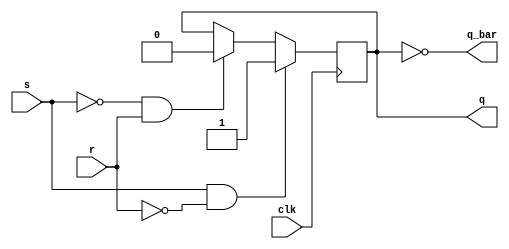
module sr_flipflop(input wire s, r, clk, // input signals
                   output reg q, q_bar); // output signals
    always @(posedge clk) begin
        if (s && !r)       // Set condition
            q <= 1'b1;
        else if (!s && r)  // Reset condition
            q <= 1'b0;
    end

    assign q_bar = ~q;    // Q-bar output
endmodule